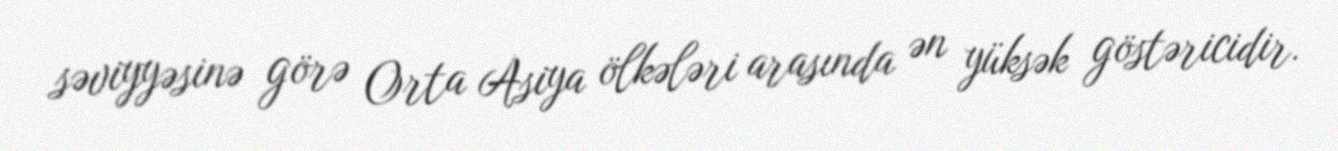
səviyyəsinə görə Orta Asiya ölkələri arasında ən yüksək göstəricidir.